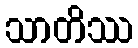
သာတိဿ